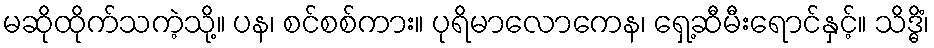
မဆိုထိုက်သကဲ့သို့။ ပန၊ စင်စစ်ကား။ ပုရိမာလောကေန၊ ရှေ့ဆီမီးရောင်နှင့်။ သိဒ္ဓိံ၊